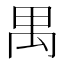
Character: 禺